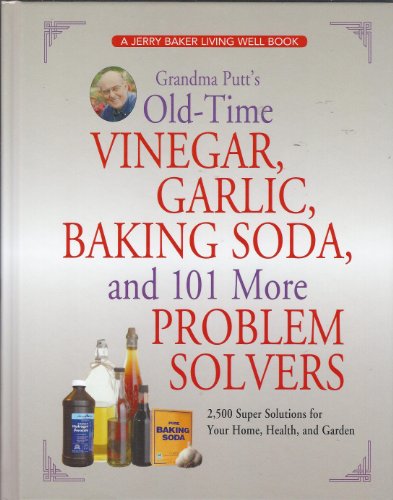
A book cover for Grandma Putt's Old-Time Vinegar, Garlic, Baking Soda, and 101 More Problem Solvers: 2,500 Super Solutions for Your Home, Health, and Garden; Jerry Baker; Health, Fitness & Dieting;